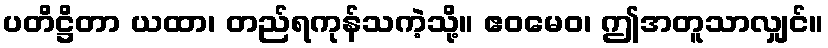
ပတိဋ္ဌိတာ ယထာ၊ တည်ရကုန်သကဲ့သို့။ ဧဝမေဝ၊ ဤအတူသာလျှင်။